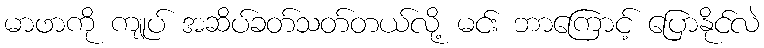
မာဖာကို ကျုပ် အဆိပ်ခတ်သတ်တယ်လို့ မင်း ဘာကြောင့် ပြောနိုင်လဲ